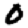
Digit: 0